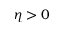
\eta > 0